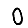
Digit: 0